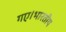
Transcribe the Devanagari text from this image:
गए।भारतीय